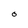
Character: O